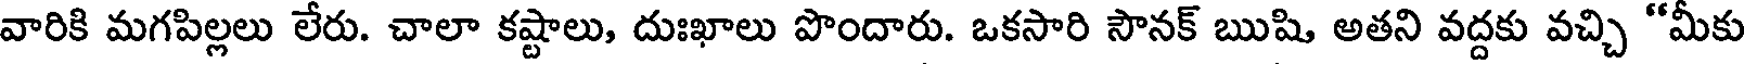
వారికి మగపిల్లలు లేరు. చాలా కష్టాలు, దుఃఖాలు పొందారు. ఒకసారి సౌనక్ ఋషి అతని వద్దకు వచ్చి "మీకు